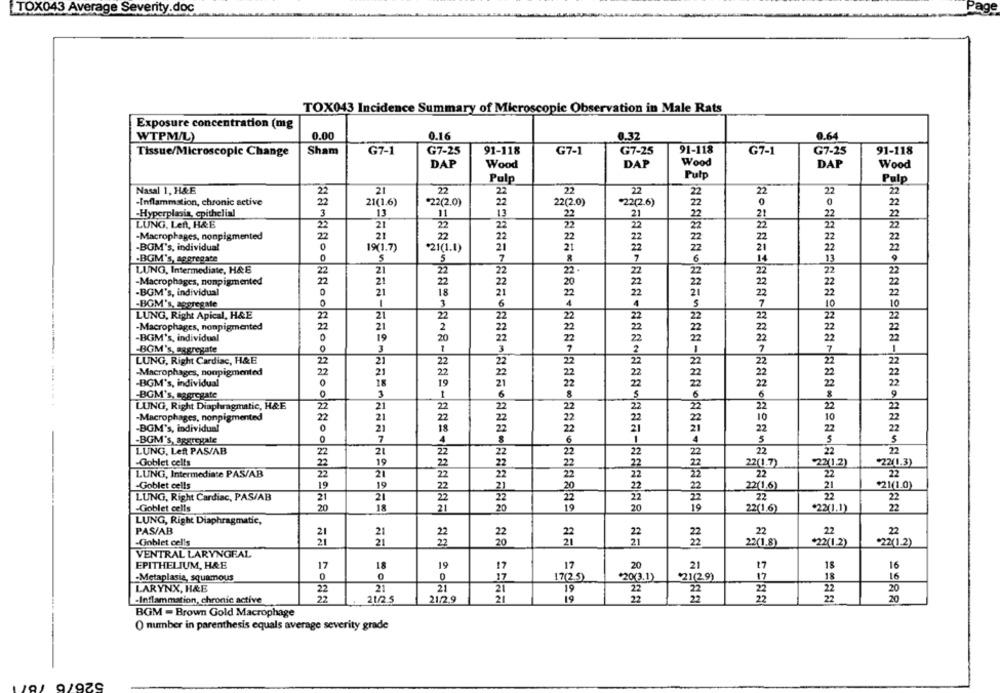
TOX043 Average Severity.doc
TOX043 Incidence Summary of Microscopic Observation in Male Rats
Exposure concentration (mg
WTPM/L)
0.00
0.16
0.64
0.32
Tissue/Microscopic Change
Sham
G7-1
G7-25
91-118
G7-1
G7-25
91-118
G7-1
G7-25
91-118
DAP
Wood
DAP
Wood
DAP
Wood
Pulp
Pulp
Pulp
Nasal 1, H&E
22
21
22
22
22
22
2
22
Inflammation, chronic active
22
21(1.6)
*22(2.0)
22(2.0)
"22(2.6)
-Hyperplasia, epithelial
3
13
11
13
22
21
LUNG, Left, H&E
花
21
22
22
-Macrophages, nonpigmented
22
21
2
22
-BOM's, individual
0
19(1.7)
*21(1.1)
21
-BGM's, aggregate
0
S
8
LUNG, Intermediate, H&E
21
22
22
22
22
-Macrophages, nonpigmented
22
21
22
-BGM's, individual
0
21
18
-BGM's, aggregate
0
3
LUNG, Right Apical, H&E
22
21
2
22
21
-Macrophages, nonpigmented
2
-BGM's, individual
0
19
20
-BGM's, aggregate
0
3
LUNG, Right Cardiac, H&E
22
21
-Macrophages, nonpigmented
22
21
-BGM's, individual
0
18
-BGM's, aggregate
0
3
LUNG, Right Diaphragmatic, H&E
22
21
-Macrophages, nonpigmented
22
21
-BGM's, individual
0
21
-BGM's, aggregate
0
7
LUNG, Left PAS/AB
21
22
22
22
22
-Goblet celts
19
22(1.7)
"22(1.2)
"22(1.3)
LUNG, Intermediate PAS/AB
21
22
22
22
-Goblet cells
19
19
21
¥21(1.0)
22(1.6)
LUNG, Right Cardiac, PAS/AB
21
21
22
22
-Goblet cells
20
18
20
20
19
22(1.6)
"22(1.1)
22
LUNG, Right Diaphragmatic,
PAS/AB
21
21
22
22
22
22
22
21
21
21
-Goblet cells
21
22
22(1.8)
"22(1.2)
$22(1.2)
VENTRAL LARYNGEAL
EPITHELIUM, H&E
17
18
19
17
17
20
21
17
18
16
17
18
-Metaplasia, squamous
0
0
17
17(2.5)
*20(3.1)
'21(29)
16
LARYNX, H&E
22
21
21
21
22
20
19
22
-Inflammation, chronic active
22
21/2.5
21/2.9
21
19
22
22
20
BGM - Brown Gold Macrophage
O number in parenthesis equals average severity grade